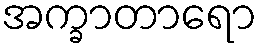
အက္ခာတာရော